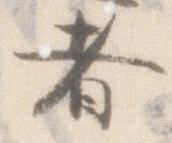
者